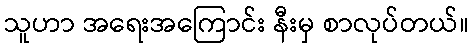
သူဟာ အရေးအကြောင်း နီးမှ စာလုပ်တယ်။